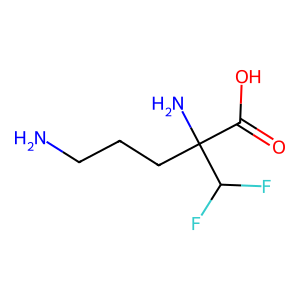
SMILES: NCCCC(N)(C(=O)O)C(F)F
Inhibits HIV replication: No